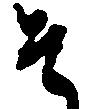
そ